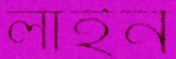
লাইন